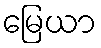
မြေယာ